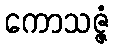
ကောသဇ္ဇံ